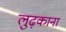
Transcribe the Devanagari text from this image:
लुढ़काना